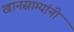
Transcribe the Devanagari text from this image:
खानसाम्यांनी